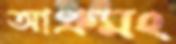
আপ্রুমং